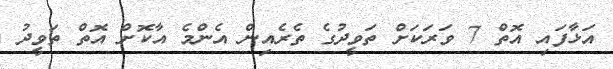
އަޅާފައި އޮތް 7 ވަރަކަށް ތަވީދުގެ ތެރެއިން އެންމެ އާކޮށް އޮތް ތަވީދު